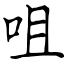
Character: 咀